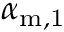
\alpha _ { \mathrm { m , 1 } }